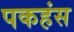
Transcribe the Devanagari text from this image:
पकहंस